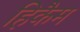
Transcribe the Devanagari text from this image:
हिकैम